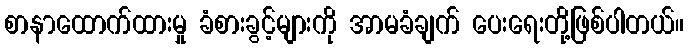
စာနာထောက်ထားမှု ခံစားခွင့်များကို အာမခံချက် ပေးရေးတို့ဖြစ်ပါတယ်။